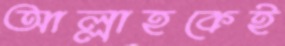
আল্লাহকেই